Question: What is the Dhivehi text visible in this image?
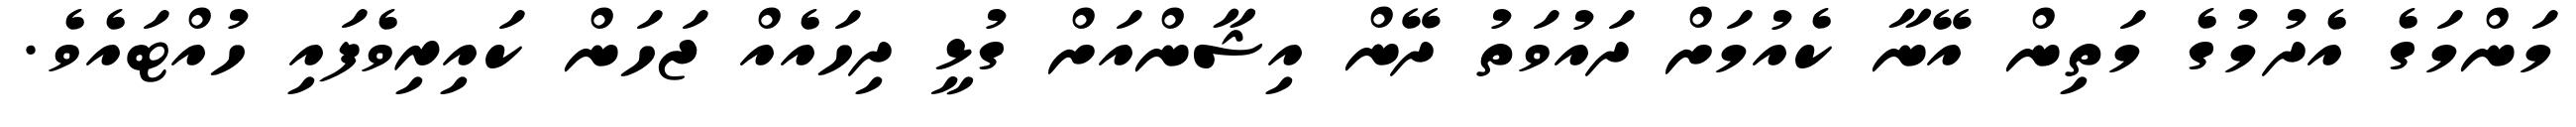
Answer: މަންމަގެ އެދުމުގެ މަތިން އޭނާ ކެއުމަށް ދައުވަތު ދޭން އިޝާންއަށް ގުޅީ ދިހައެއް ޖަހަން ކައިރިވެފައި ހުއްޓައެވެ.